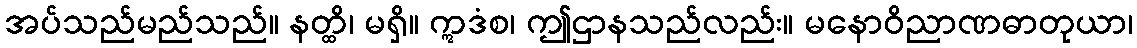
အပ်သည်မည်သည်။ နတ္ထိ၊ မရှိ။ ဣဒံစ၊ ဤဌာနသည်လည်း။ မနောဝိညာဏဓာတုယာ၊